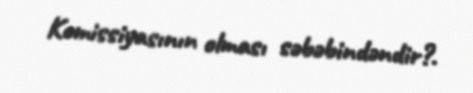
Komissiyasının olması səbəbindəndir?.